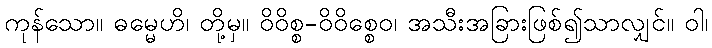
ကုန်သော။ ဓမ္မေဟိ၊ တို့မှ။ ဝိဝိစ္စ-ဝိဝိစ္စေဝ၊ အသီးအခြားဖြစ်၍သာလျှင်။ ဝါ၊